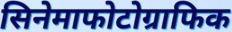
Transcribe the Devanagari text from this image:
सिनेमाफोटोग्राफिक